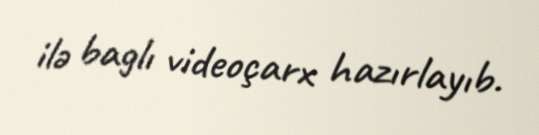
ilə baglı videoçarx hazırlayıb.